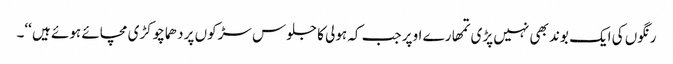
رنگوں کی ایک بوند بھی نہیں پڑی تمھارے اوپر جب کہ ہولی کا جلوس سڑکوں پر دھماچوکڑی مچائے ہوئے ہیں ‘‘۔